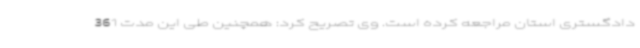
دادگستری استان مراجعه کرده است. وی تصریح کرد: همچنین طی این مدت 361